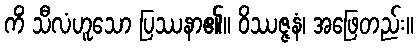
ကိံ သီလံဟူသော ပြဿနာ၏။ ဝိဿဇ္ဇနံ၊ အဖြေတည်း။